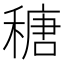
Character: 䅯